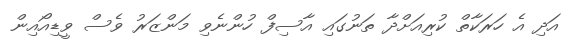
އަދި އެ ހަރަކާތް ކުރިއަށްދާ ތަނުގައި އާސިފް ހުންނެވި މަންޒަރު ވެސް ވީޑިއޯއިން